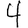
Digit: 4